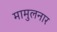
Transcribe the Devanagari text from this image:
मामुलनार